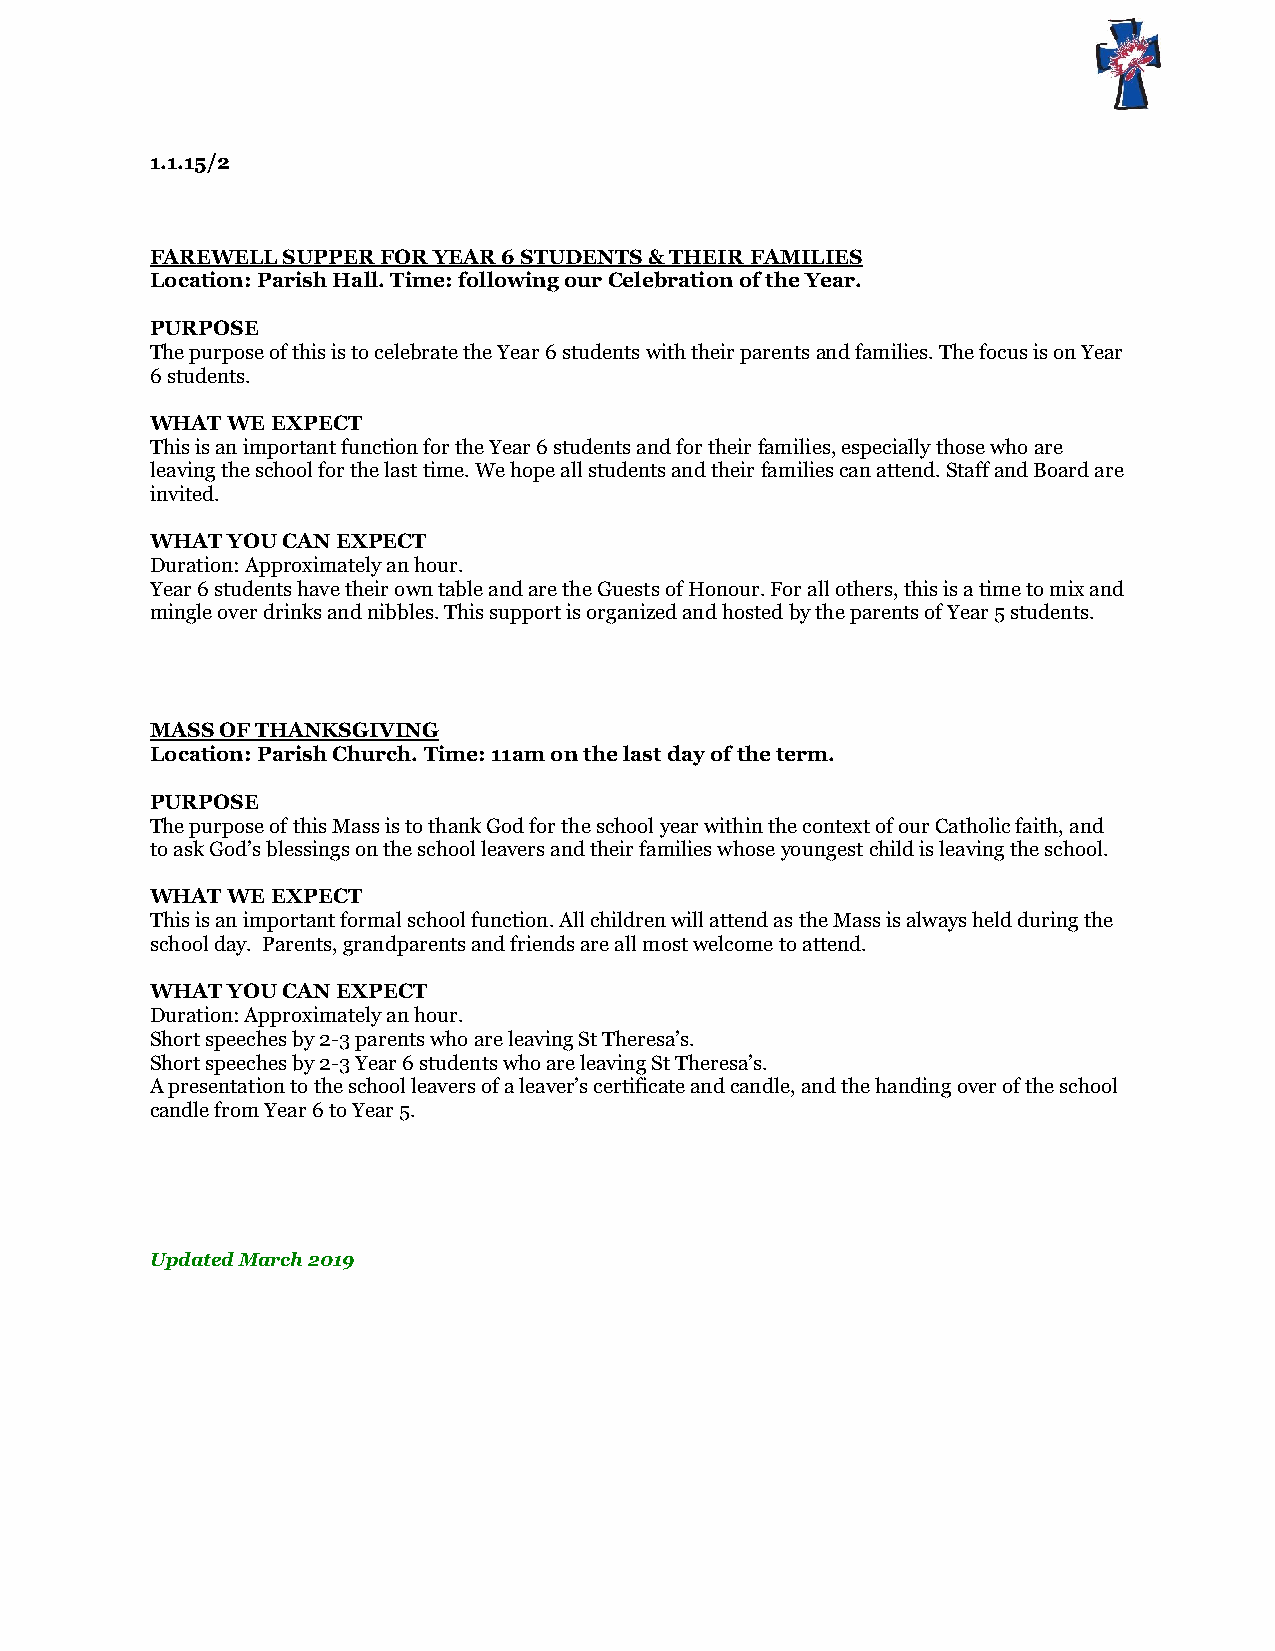
1.1.15/2
 FAREWELL SUPPER FOR YEAR 6 STUDENTS & THEIR FAMILIES
 Location: Parish Hall. Time: following our Celebration of the Year.
 PURPOSE
 The purpose of this is to celebrate the Year 6 students with their parents and families. The focus is on Year
 6 students.
 WHAT WE EXPECT
 This is an important function for the Year 6 students and for their families, especially those who are
 leaving the school for the last time. We hope all students and their families can attend. Staff and Board are
 invited.
 WHAT YOU CAN EXPECT
 Duration: Approximately an hour.
 Year 6 students have their own table and are the Guests of Honour. For all others, this is a time to mix and
 mingle over drinks and nibbles. This support is organized and hosted by the parents of Year 5 students.
 MASS OF THANKSGIVING
 Location: Parish Church. Time: 11am on the last day of the term.
 PURPOSE
 The purpose of this Mass is to thank God for the school year within the context of our Catholic faith, and
 to ask God’s blessings on the school leavers and their families whose youngest child is leaving the school.
 WHAT WE EXPECT
 This is an important formal school function. All children will attend as the Mass is always held during the
 school day. Parents, grandparents and friends are all most welcome to attend.
 WHAT YOU CAN EXPECT
 Duration: Approximately an hour.
 Short speeches by 2-3 parents who are leaving St Theresa’s.
 Short speeches by 2-3 Year 6 students who are leaving St Theresa’s.
 A presentation to the school leavers of a leaver’s certificate and candle, and the handing over of the school
 candle from Year 6 to Year 5.
 Updated March 2019